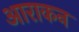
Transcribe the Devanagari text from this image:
आराकन